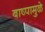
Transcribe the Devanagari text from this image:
बाष्पामुळे